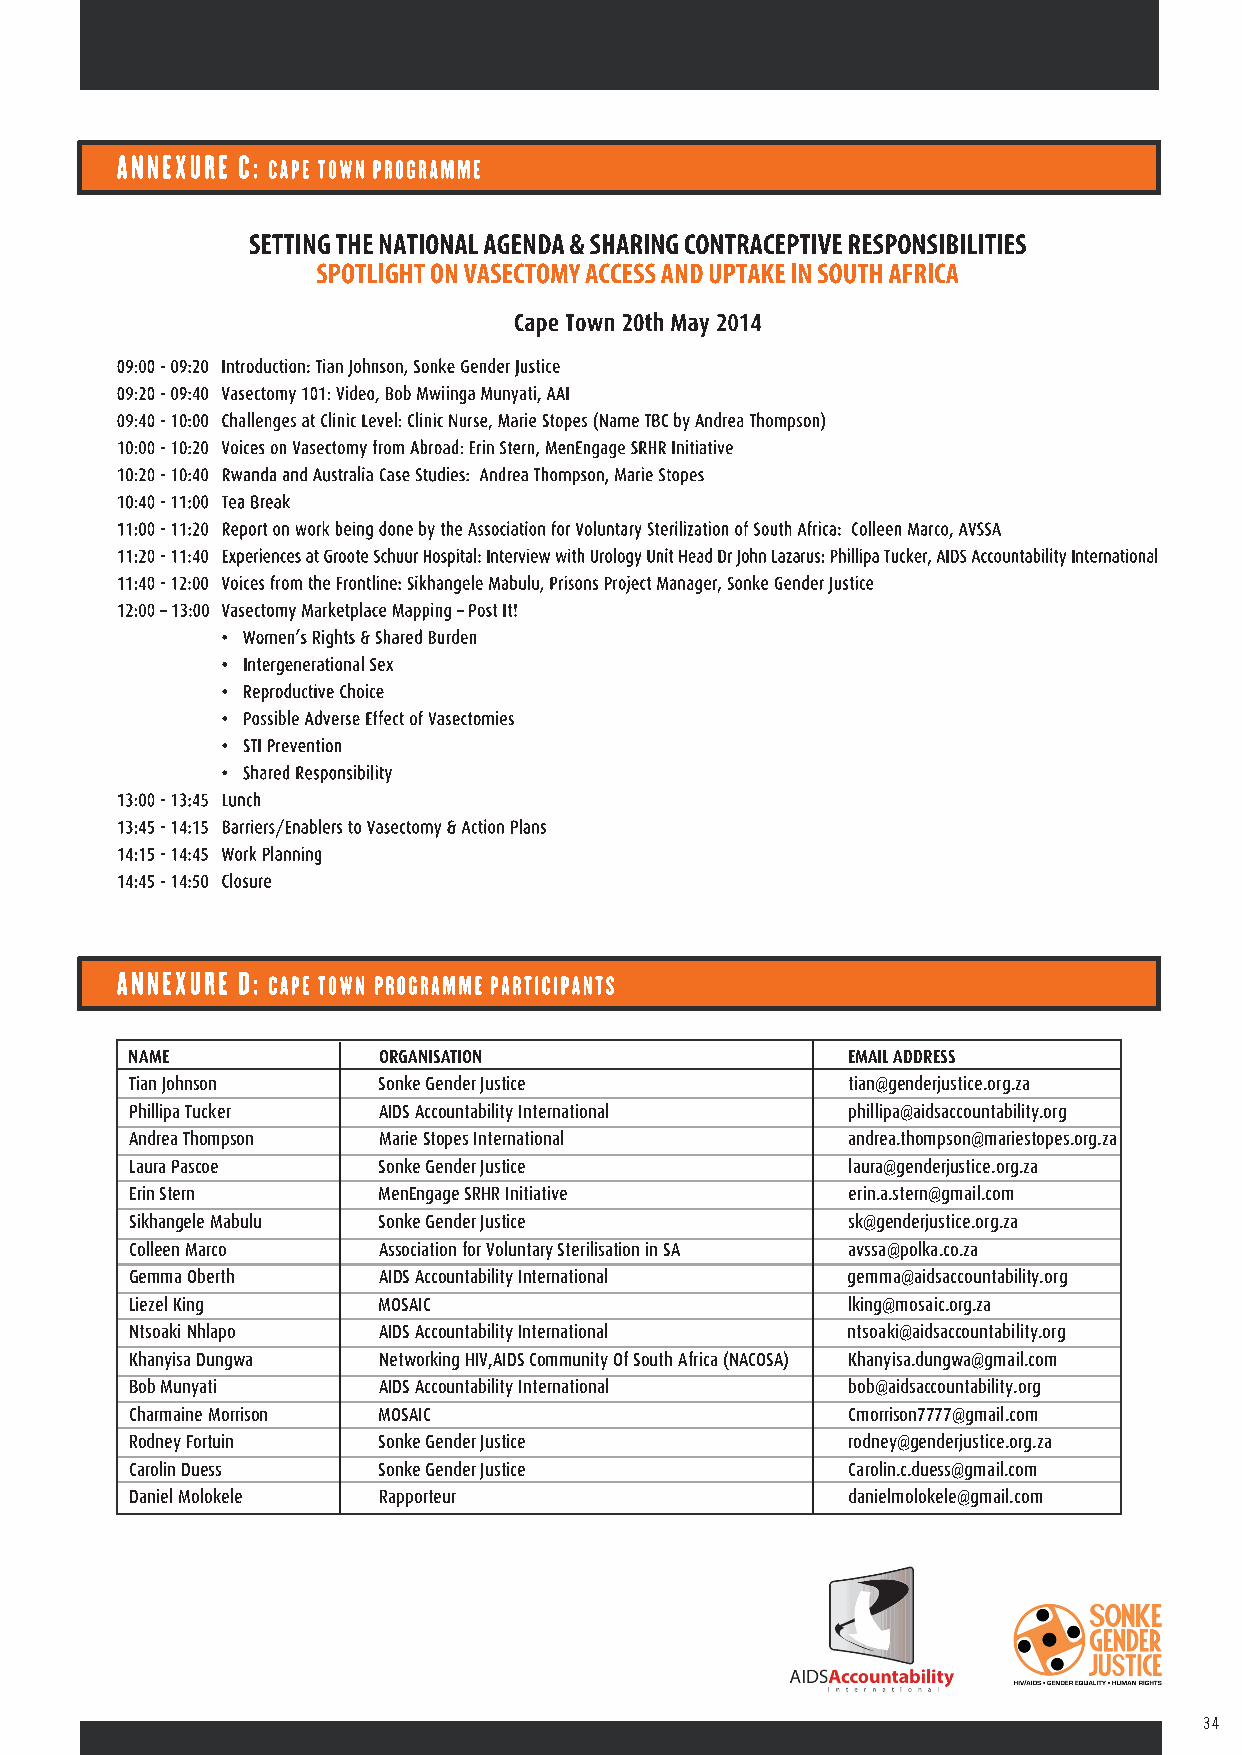
NAME            ORGANISATION                   EMAIL ADDRESS
 Tian Johnson    Sonke Gender Justice           tian@genderjustice.org.za
 Phillipa Tucker AIDS Accountability International phillipa@aidsaccountability.org
 Andrea Thompson Marie Stopes International     andrea.thompson@mariestopes.org.za
 Laura Pascoe    Sonke Gender Justice           laura@genderjustice.org.za
 Erin Stern      MenEngage SRHR Initiative      erin.a.stern@gmail.com
 Sikhangele Mabulu Sonke Gender Justice         sk@genderjustice.org.za
 Colleen Marco   Association for Voluntary Sterilisation in SA avssa@polka.co.za
 Gemma Oberth    AIDS Accountability International gemma@aidsaccountability.org
 Liezel King     MOSAIC                         lking@mosaic.org.za
 Ntsoaki Nhlapo  AIDS Accountability International ntsoaki@aidsaccountability.org
 Khanyisa Dungwa Networking HIV,AIDS Community Of South Africa (NACOSA) Khanyisa.dungwa@gmail.com
 Bob Munyati     AIDS Accountability International bob@aidsaccountability.org
 Charmaine Morrison MOSAIC                      Cmorrison7777@gmail.com
 Rodney Fortuin  Sonke Gender Justice           rodney@genderjustice.org.za
 Carolin Duess   Sonke Gender Justice           Carolin.c.duess@gmail.com
 Daniel Molokele Rapporteur                     danielmolokele@gmail.com
 34